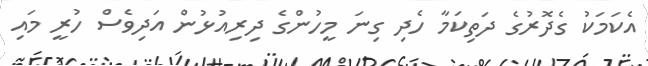
އެކަމަކު ގެދޮރުގެ ދަތިކަމާ ހެދި ގިނަ މީހުންގެ ދިރިއުޅުން އަދިވެސް ހުރީ މައި